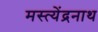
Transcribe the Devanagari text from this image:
मस्त्येंद्रनाथ